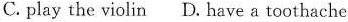
C. play the violin D. Have a toothache